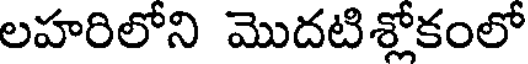
లహరిలోని మొదటిశ్లోకంలో